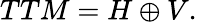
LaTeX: TTM=H\oplus V.